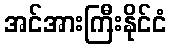
အင်အားကြီးနိုင်ငံ